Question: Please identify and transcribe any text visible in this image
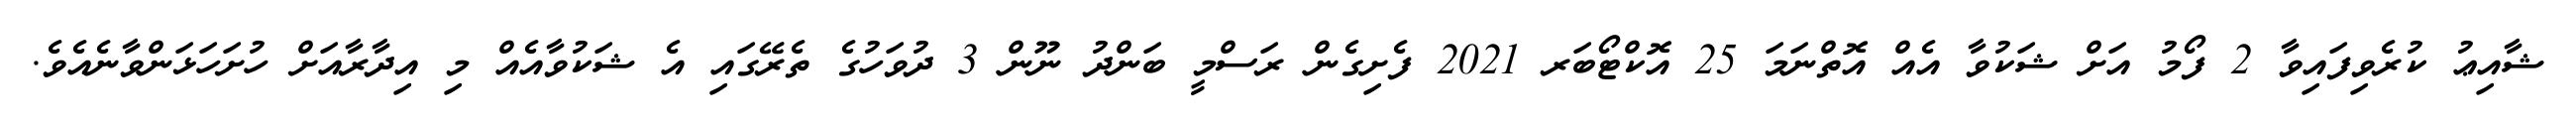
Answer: ޝާއިޢު ކުރެވިފައިވާ 2 ފޯމު އަށް ޝަކުވާ އެއް އޮތްނަމަ 25 އޮކްޓޯބަރ 2021 ފެށިގެން ރަސްމީ ބަންދު ނޫން 3 ދުވަހުގެ ތެރޭގައި އެ ޝަކުވާއެއް މި އިދާރާއަށް ހުށަހަޅަންވާނެއެވެ.